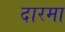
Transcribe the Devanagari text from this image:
दारमा